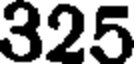
325